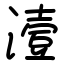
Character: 潱